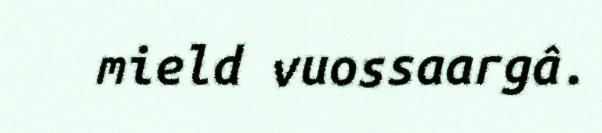
mield vuossaargâ.